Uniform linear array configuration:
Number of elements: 4
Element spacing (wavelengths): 0.5
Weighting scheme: blackman
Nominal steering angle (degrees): -15
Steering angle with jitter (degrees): -16.386
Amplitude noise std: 0.05
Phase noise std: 0.05

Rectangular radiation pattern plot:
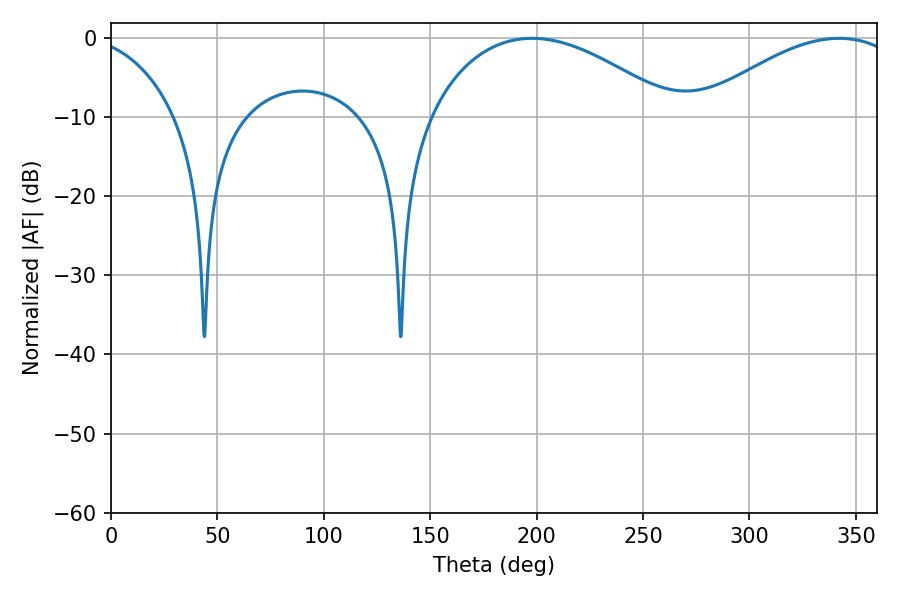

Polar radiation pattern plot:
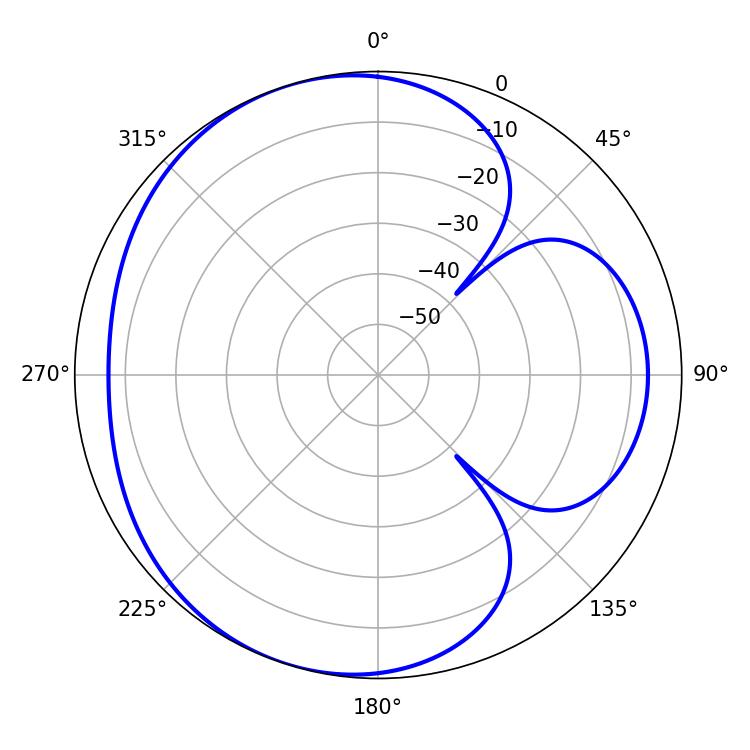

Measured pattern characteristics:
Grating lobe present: FALSE
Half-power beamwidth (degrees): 64.8
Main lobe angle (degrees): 197.82